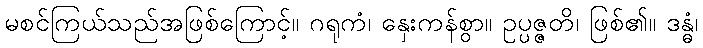
မစင်ကြယ်သည်အဖြစ်ကြောင့်။ ဂရုကံ၊ နှေးကန်စွာ။ ဥပ္ပဇ္ဇတိ၊ ဖြစ်၏။ ဒန္ဓံ၊